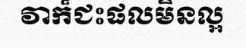
វាក៏ជះផលមិនល្អ